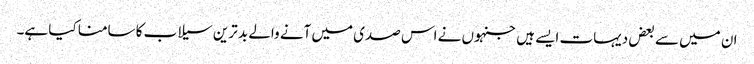
ان میں سے بعض دیہات ایسے ہیں جنہوں نے اس صدی میں آنے والے بد ترین سیلاب کا سامنا کیا ہے۔